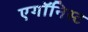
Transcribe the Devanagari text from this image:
एगॉनिस्ट